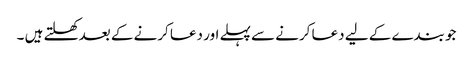
جو بندے کے لیے دعا کرنے سے پہلے اور دعا کرنے کے بعد کھلتے ہیں ۔